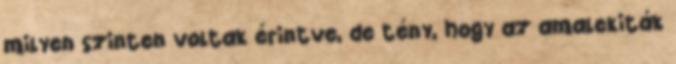
milyen szinten voltak érintve, de tény, hogy az amalekiták